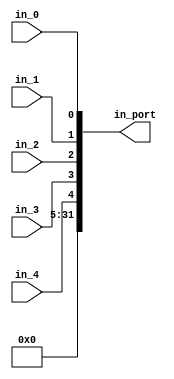
module in_port(in_4, in_3, in_2, in_1, in_0,
					in_port);
	//  5bit < 32bit  32 

	input 				in_4, in_3, in_2, in_1, in_0;


	output 	[31:0]		in_port;
	

	// 5bit (*****) ==> 32 bit (00...0000*****)
	assign in_port = {27'b0, in_4, in_3, in_2, in_1, in_0};


endmodule